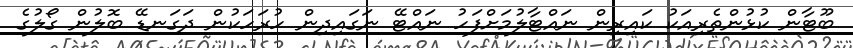
ބޫޓާން ކުުޅުންތެރިއަކު ކައިރިން ނައްޓާލުމަށްފަހު ނައްޓޭ ނަގައިދިން ހުރަހަކުން ދަގަނޑޭ ބޮލުން ގޯލުގެ